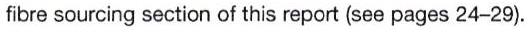
fibre sourcing section of this report (see pages 24-29).